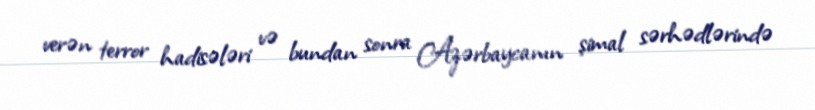
verən terror hadisələri və bundan sonra Azərbaycanın şimal sərhədlərində